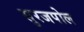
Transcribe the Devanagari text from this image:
सुरजपोल